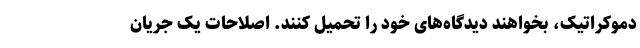
دموکراتیک، بخواهند دیدگاه‌های خود را تحمیل کنند. اصلاحات یک جریان